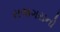
રાજગરાનો